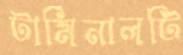
টার্মিনালটি